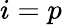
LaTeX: i=p